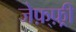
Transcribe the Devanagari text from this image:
जेफ़्फ़्री